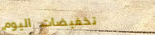
تخفيضات اليوم